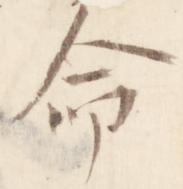
命